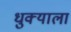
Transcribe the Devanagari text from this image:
धुक्‍याला